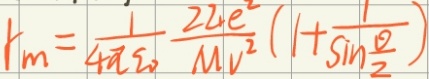
\[r_{m}=\frac{1}{4\pi \varepsilon _{0}}\frac{2Ze^{2}}{Mv^{2}}\left(1 + \frac{1}{\sin \frac{\theta}{2}}\right)\]